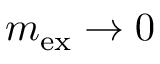
m _ { \mathrm { e x } } \rightarrow 0